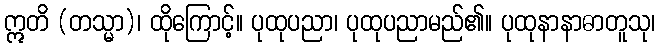
ဣတိ (တသ္မာ)၊ ထိုကြောင့်။ ပုထုပညာ၊ ပုထုပညာမည်၏။ ပုထုနာနာဓာတူသု၊